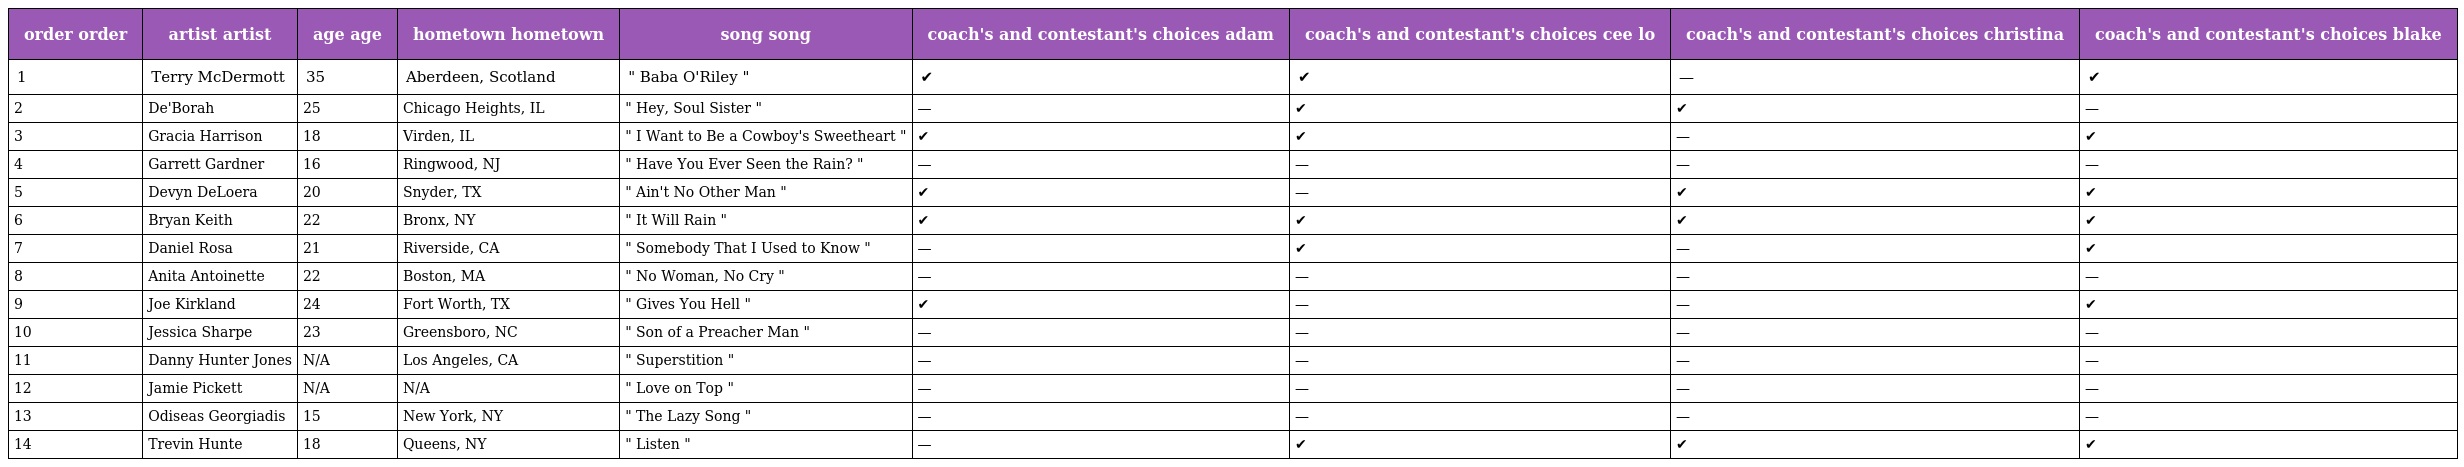
| order order | artist artist | age age | hometown hometown | song song | coach's and contestant's choices adam | coach's and contestant's choices cee lo | coach's and contestant's choices christina | coach's and contestant's choices blake |
 | --- | --- | --- | --- | --- | --- | --- | --- | --- |
 | 1 | Terry McDermott | 35 | Aberdeen, Scotland | " Baba O'Riley " | ✔ | ✔ | — | ✔ |
 | 2 | De'Borah | 25 | Chicago Heights, IL | " Hey, Soul Sister " | — | ✔ | ✔ | — |
 | 3 | Gracia Harrison | 18 | Virden, IL | " I Want to Be a Cowboy's Sweetheart " | ✔ | ✔ | — | ✔ |
 | 4 | Garrett Gardner | 16 | Ringwood, NJ | " Have You Ever Seen the Rain? " | — | — | — | — |
 | 5 | Devyn DeLoera | 20 | Snyder, TX | " Ain't No Other Man " | ✔ | — | ✔ | ✔ |
 | 6 | Bryan Keith | 22 | Bronx, NY | " It Will Rain " | ✔ | ✔ | ✔ | ✔ |
 | 7 | Daniel Rosa | 21 | Riverside, CA | " Somebody That I Used to Know " | — | ✔ | — | ✔ |
 | 8 | Anita Antoinette | 22 | Boston, MA | " No Woman, No Cry " | — | — | — | — |
 | 9 | Joe Kirkland | 24 | Fort Worth, TX | " Gives You Hell " | ✔ | — | — | ✔ |
 | 10 | Jessica Sharpe | 23 | Greensboro, NC | " Son of a Preacher Man " | — | — | — | — |
 | 11 | Danny Hunter Jones | N/A | Los Angeles, CA | " Superstition " | — | — | — | — |
 | 12 | Jamie Pickett | N/A | N/A | " Love on Top " | — | — | — | — |
 | 13 | Odiseas Georgiadis | 15 | New York, NY | " The Lazy Song " | — | — | — | — |
 | 14 | Trevin Hunte | 18 | Queens, NY | " Listen " | — | ✔ | ✔ | ✔ |